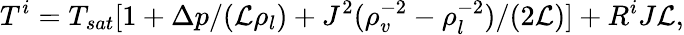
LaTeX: T^{i}=T_{sat}[1+{\Delta p}/({{\cal L}\rho_{l}})+{J^{2}}(\rho_{v}^{-2}-\rho_{l}^{-2})/({2{\cal L}})]+R^{i}J{\cal L},